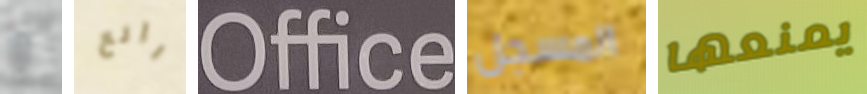
و رائع Office المسجل يمنعها